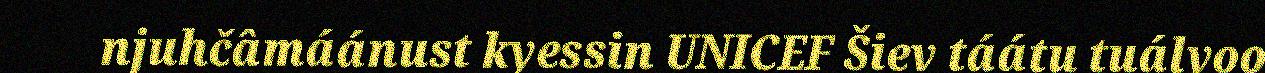
njuhčâmáánust kyessin UNICEF Šiev táátu tuálvoo